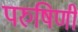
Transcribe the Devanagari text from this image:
परुषिणी